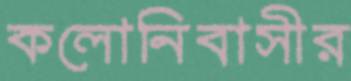
কলোনিবাসীর